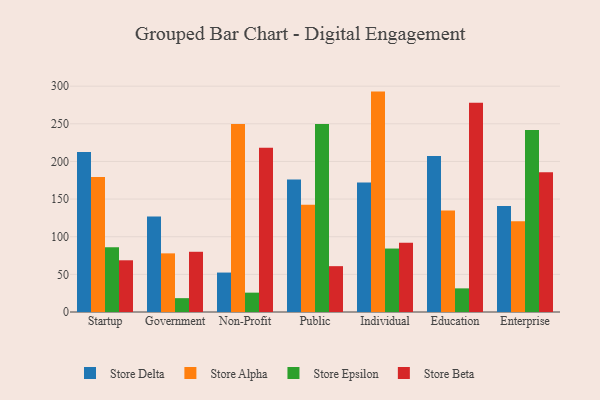
{"axis": {"x": "Segment", "y": "LTV (USD)"}, "legend": ["Store Alpha", "Store Beta", "Store Delta", "Store Epsilon"], "data": [{"x": "Startup", "y": 212.7, "type": "Store Delta"}, {"x": "Startup", "y": 179.2, "type": "Store Alpha"}, {"x": "Startup", "y": 85.9, "type": "Store Epsilon"}, {"x": "Startup", "y": 68.7, "type": "Store Beta"}, {"x": "Government", "y": 127.0, "type": "Store Delta"}, {"x": "Government", "y": 77.9, "type": "Store Alpha"}, {"x": "Government", "y": 18.4, "type": "Store Epsilon"}, {"x": "Government", "y": 80.0, "type": "Store Beta"}, {"x": "Non-Profit", "y": 52.4, "type": "Store Delta"}, {"x": "Non-Profit", "y": 249.6, "type": "Store Alpha"}, {"x": "Non-Profit", "y": 25.7, "type": "Store Epsilon"}, {"x": "Non-Profit", "y": 218.2, "type": "Store Beta"}, {"x": "Public", "y": 176.0, "type": "Store Delta"}, {"x": "Public", "y": 142.4, "type": "Store Alpha"}, {"x": "Public", "y": 249.8, "type": "Store Epsilon"}, {"x": "Public", "y": 60.9, "type": "Store Beta"}, {"x": "Individual", "y": 172.1, "type": "Store Delta"}, {"x": "Individual", "y": 292.8, "type": "Store Alpha"}, {"x": "Individual", "y": 84.3, "type": "Store Epsilon"}, {"x": "Individual", "y": 92.0, "type": "Store Beta"}, {"x": "Education", "y": 207.1, "type": "Store Delta"}, {"x": "Education", "y": 134.8, "type": "Store Alpha"}, {"x": "Education", "y": 31.4, "type": "Store Epsilon"}, {"x": "Education", "y": 277.9, "type": "Store Beta"}, {"x": "Enterprise", "y": 140.7, "type": "Store Delta"}, {"x": "Enterprise", "y": 120.7, "type": "Store Alpha"}, {"x": "Enterprise", "y": 241.8, "type": "Store Epsilon"}, {"x": "Enterprise", "y": 185.5, "type": "Store Beta"}]}